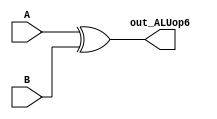
`timescale 1ns / 1ps
//////////////////////////////////////////////////////////////////////////////////
// Module Name:    Xor32bit
//////////////////////////////////////////////////////////////////////////////////
module Xor32bit(A, B, out_ALUop6);
    input[31:0] A,B;
    output reg[31:0] out_ALUop6;
	 always @(A,B)
	begin
	 out_ALUop6 <= A ^ B;
	end
endmodule